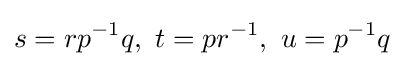
s=rp^{-1}q,\ t=pr^{-1},\ u=p^{-1}q